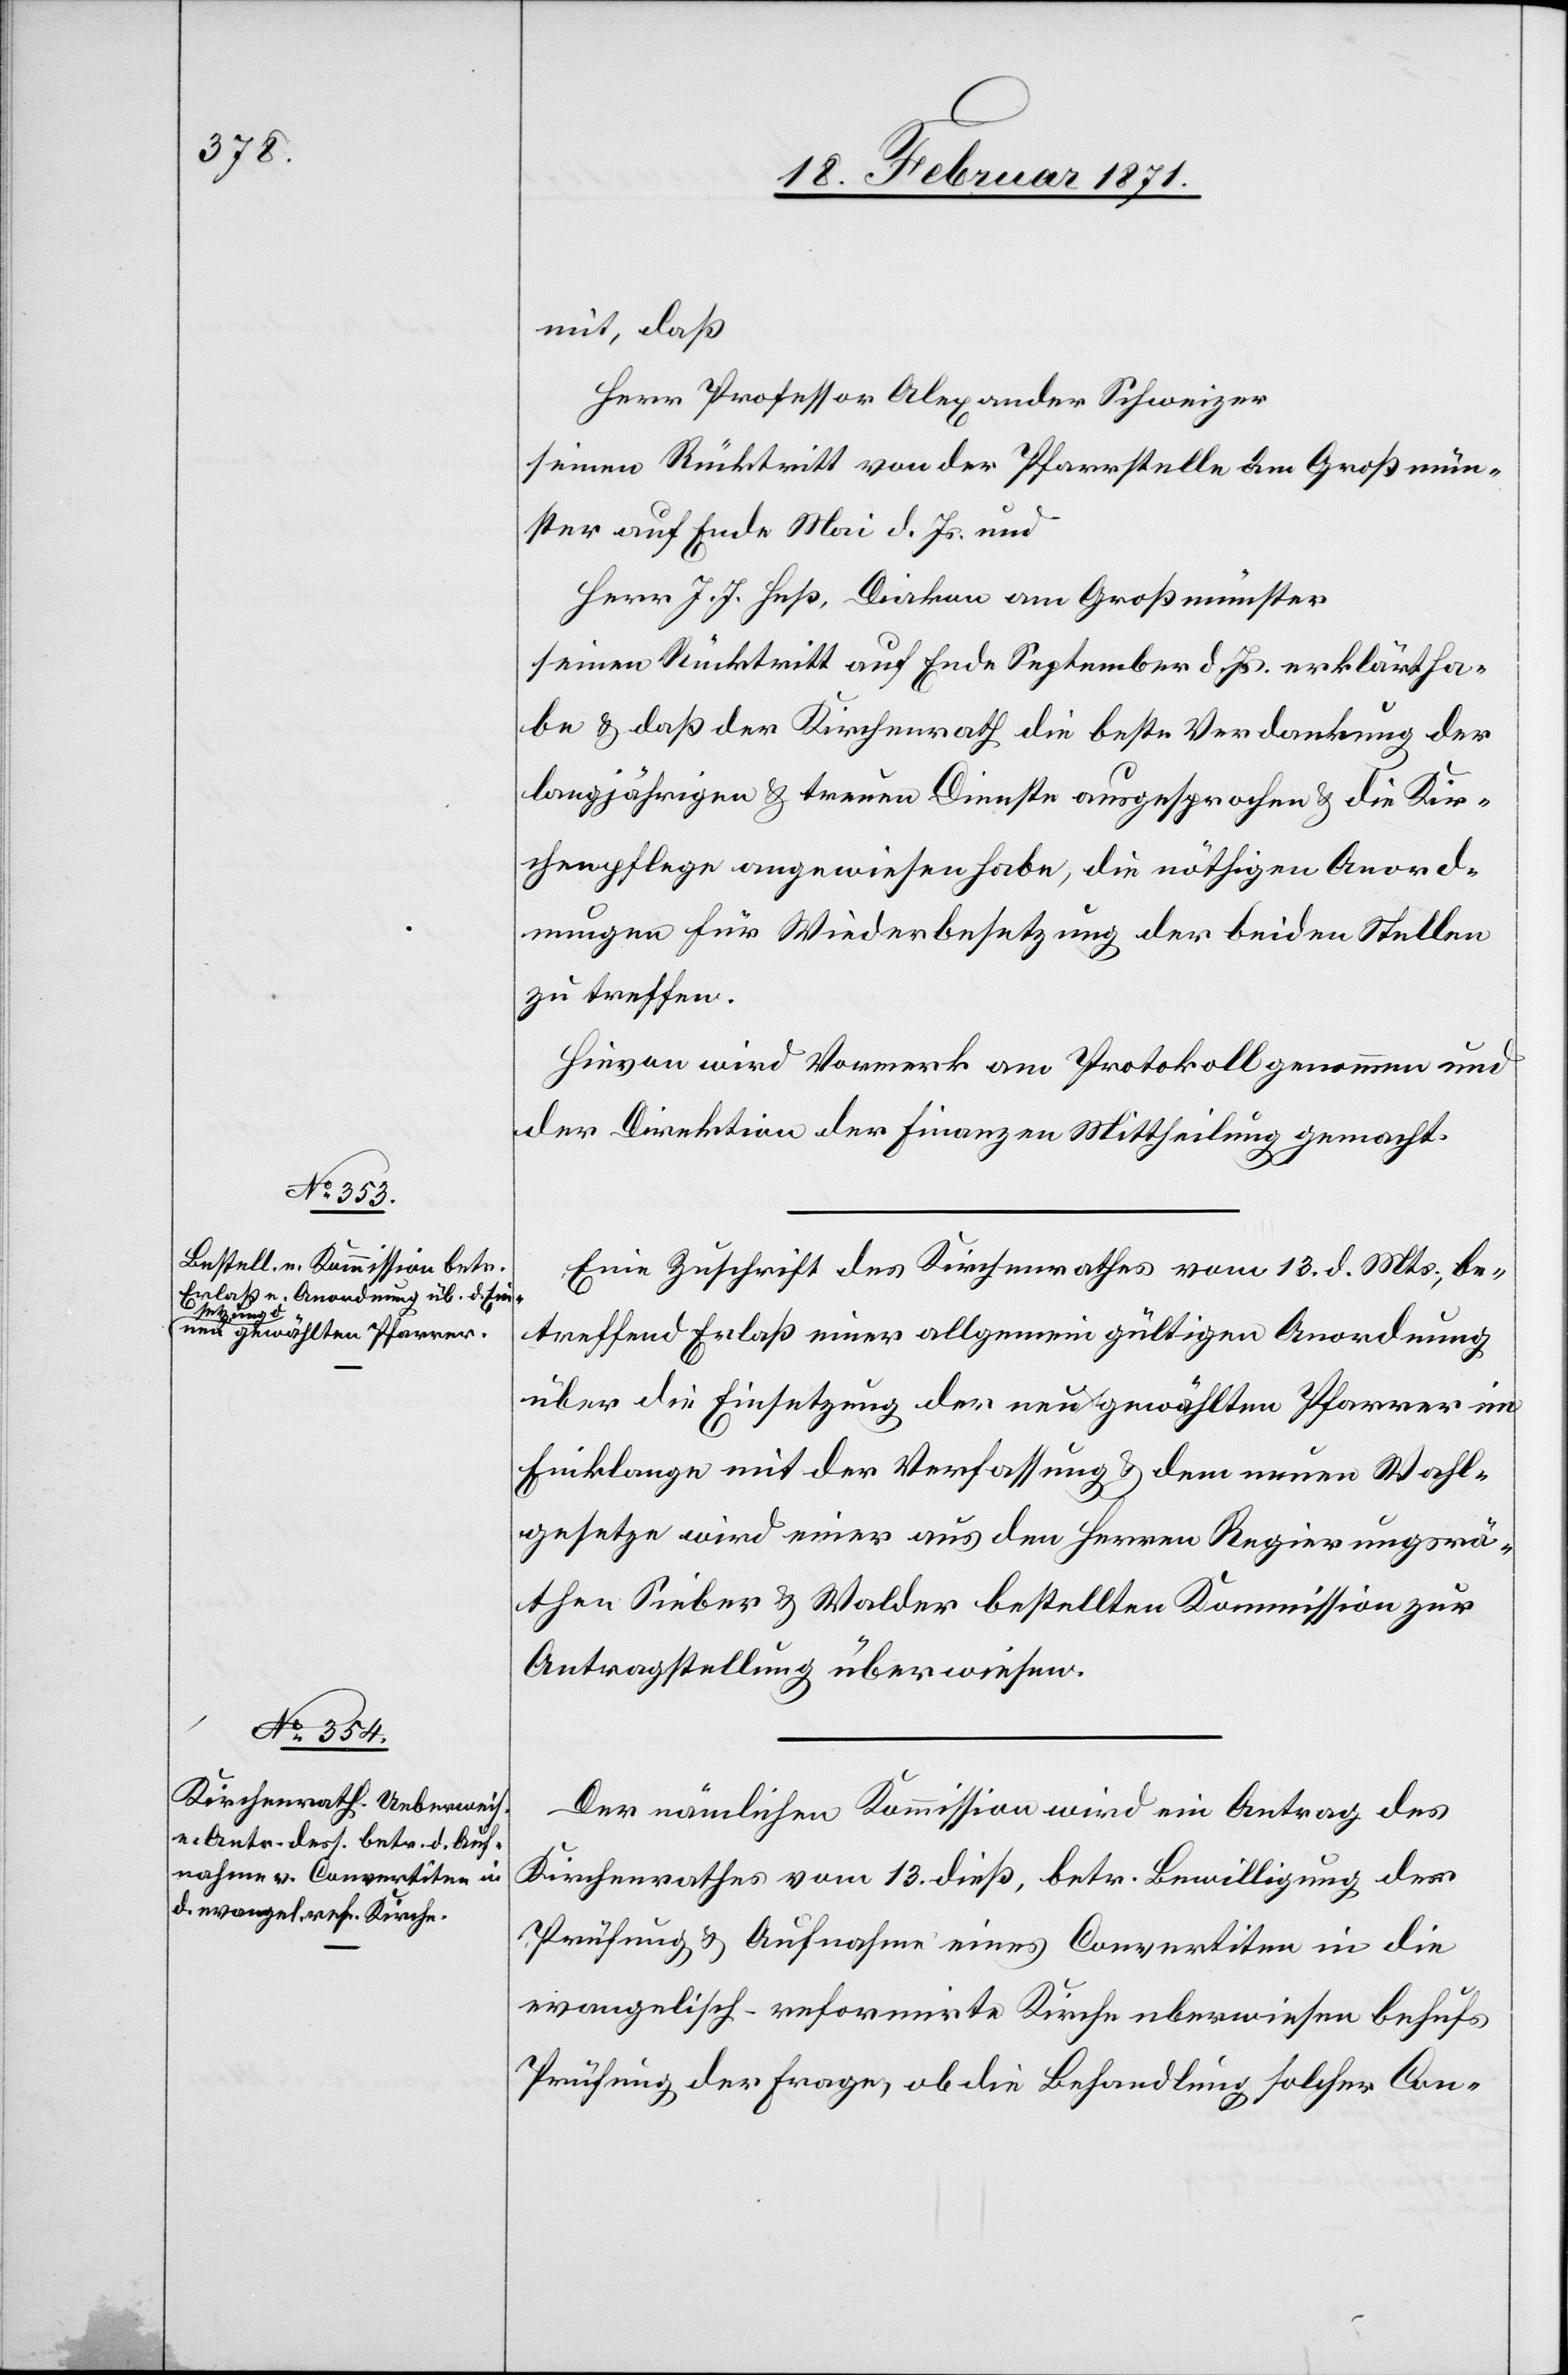
mit, daß
Herr Professor Alexander Schweizer
seinen Rücktritt von der Pfarrstelle am Großmün¬
ster auf Ende Mai d. Js. und
Herr J. J. Heß, Diakon am Großmünster
seinen Rücktritt auf Ende September d. Js. erklärt ha¬
ben u. daß der Kirchenrath die beste Verdankung der
langjährigen u. treuen Dienste ausgesprochen u. die Kir¬
chenpflege angewiesen habe, die nöthigen Anord¬
nungen für Wiederbesetzung der beiden Stellen
zu treffen.
Hievon wird Vormerk am Protokoll genommen und
der Direktion der Finanzen Mittheilung gemacht.
Eine Zuschrift des Kirchenrathes vom 13. d. Mts., be¬
treffend Erlaß einer allgemein gültigen Anordnung
über die Einsetzung der neugewählten Pfarrer im
Einklange mit der Verfassung u. dem neuen Wahl¬
gesetze wird einer aus den Herren Regierungsrä¬
then Sieber u. Walder bestellten Kommission zur
Antragstellung überwiesen.
Der nämlichen Kommission wird ein Antrag des
Kirchenrathes vom 13. dieß, betr. Bewilligung der
Prüfung u. Aufnahme eines Convertiten in die
evangelisch-reformirte Kirche [u]eberwiesen behufs
Prüfung der Frage, ob die Behandlung solcher Con-